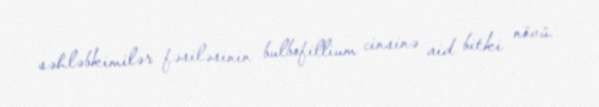
səhləbkimilər fəsiləsinin bulbofillium cinsinə aid bitki növü.